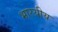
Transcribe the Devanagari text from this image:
भारयीय